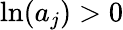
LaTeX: \ln(a_{j})>0